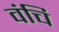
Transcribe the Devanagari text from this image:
वंचि